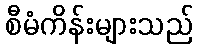
စီမံကိန်းများသည်